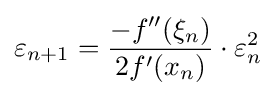
\varepsilon _{n+1}={\frac {-f''(\xi _{n})}{2f'(x_{n})}}\cdot \varepsilon _{n}^{2}